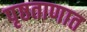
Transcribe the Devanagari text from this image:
पृष्ठताणात